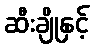
ဆီးချိုနှင့်